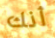
أنك